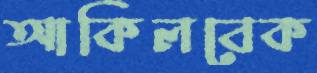
আকিলবেক